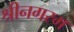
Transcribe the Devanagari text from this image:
श्रीनगरम